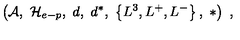
\left( { \mathcal A } , \ { \mathcal H } _ { e - p } , \ d , \ d ^ { * } , \ \left\{ L ^ { 3 } , L ^ { + } , L ^ { - } \right\} , \ * \right) \ ,